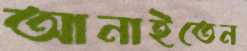
আনাইতেন